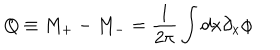
Q \equiv M _ { + } - M _ { - } = \frac { 1 } { 2 \pi } \int d x \partial _ { x } \phi